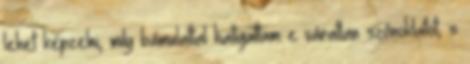
lehet képzelni, mily bámulattal hallgattam e váratlan szónoklatot; s